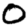
Digit: 0